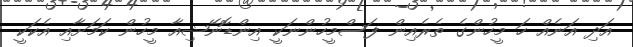
އަދި އަނެއް ހަ މީހުންގެ ތެރެއިން ފަސްމީހުންނަކީ އިންޑޮނޭޝިއާ މީހުން ކަމަށާއި އެކަކީ